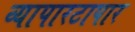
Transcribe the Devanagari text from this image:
व्यापारटापार